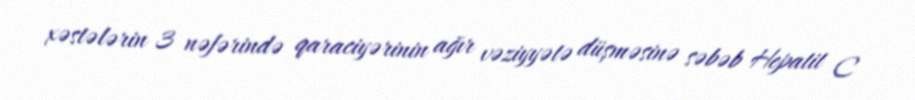
xəstələrin 3 nəfərində qaraciyərinin ağır vəziyyətə düşməsinə səbəb Hepatit C